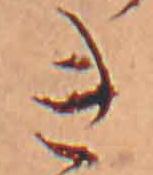
き